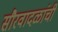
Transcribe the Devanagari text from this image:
सौरवादळांची